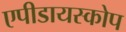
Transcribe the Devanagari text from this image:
एपीडायस्कोप